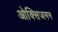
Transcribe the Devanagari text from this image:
ओक्सिजमन